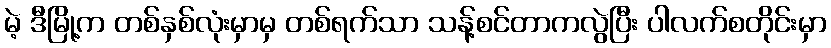
မဲ့ ဒီမြို့က တစ်နှစ်လုံးမှာမှ တစ်ရက်သာ သန့်စင်တာကလွဲပြီး ပါလက်စတိုင်းမှာ